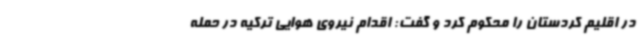
در اقلیم کردستان را محکوم کرد و گفت: اقدام نیروی هوایی ترکیه در حمله